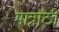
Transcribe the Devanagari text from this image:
मात्राठी